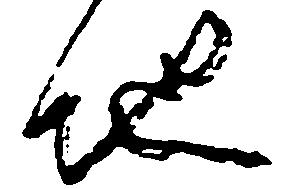
地